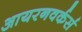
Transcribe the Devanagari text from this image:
आयरनवर्कर्स